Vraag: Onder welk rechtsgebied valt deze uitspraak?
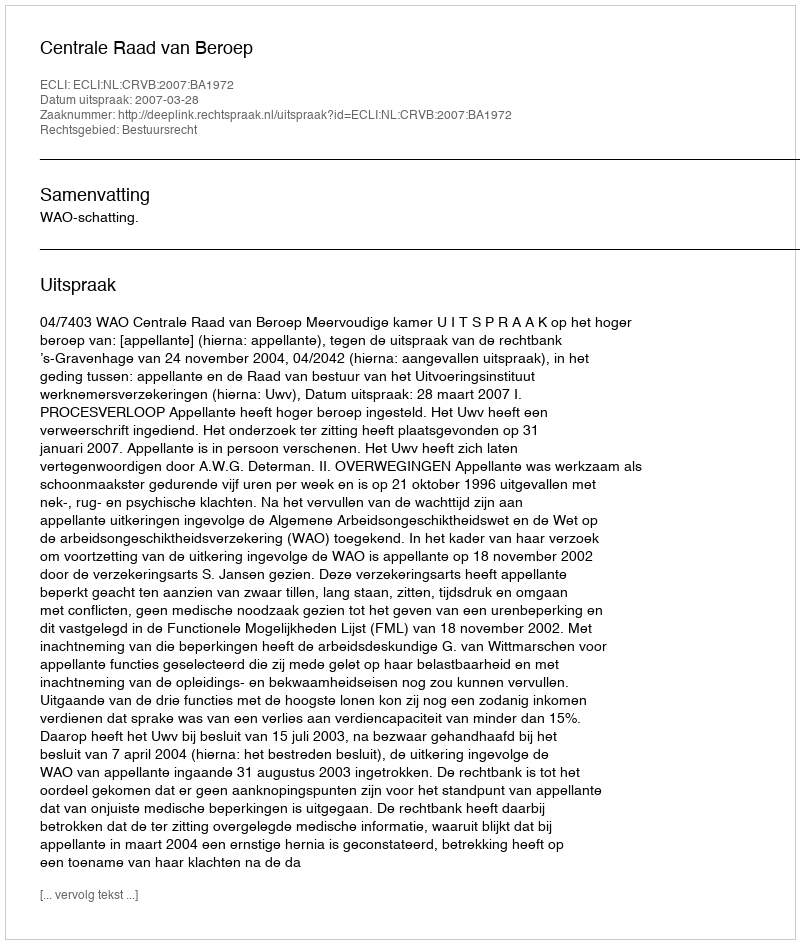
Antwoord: Bestuursrecht